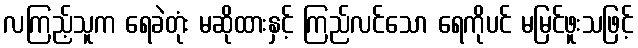
လကြည့်သူက ရေခဲတုံး မဆိုထားနှင့် ကြည်လင်သော ရေကိုပင် မမြင်ဖူးသဖြင့်